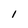
Character: l